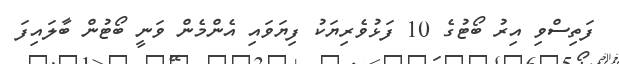
ފަތިސްވި އިރު ބޯޓުގެ 10 ފަޅުވެރިޔަކު ފިޔަވައި އެންމެން ވަނީ ބޯޓުން ބާލައިފަ